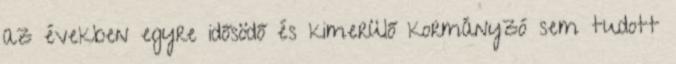
az években egyre idősödő és kimerülő kormányzó sem tudott